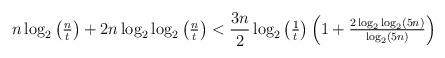
LaTeX: \begin{align*}n\log_2\begin{pmatrix}{\frac nt}\end{pmatrix}+2n\log_2\log_2\begin{pmatrix}{\frac nt}\end{pmatrix}&<{\frac {3n}2}\log_2\begin{pmatrix}{\frac 1t}\end{pmatrix}\begin{pmatrix}1+{\frac {2\log_2\log_2(5n)}{\log_2(5n)}}\end{pmatrix}\end{align*}